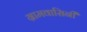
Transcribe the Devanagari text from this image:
ग्रामवासिनी